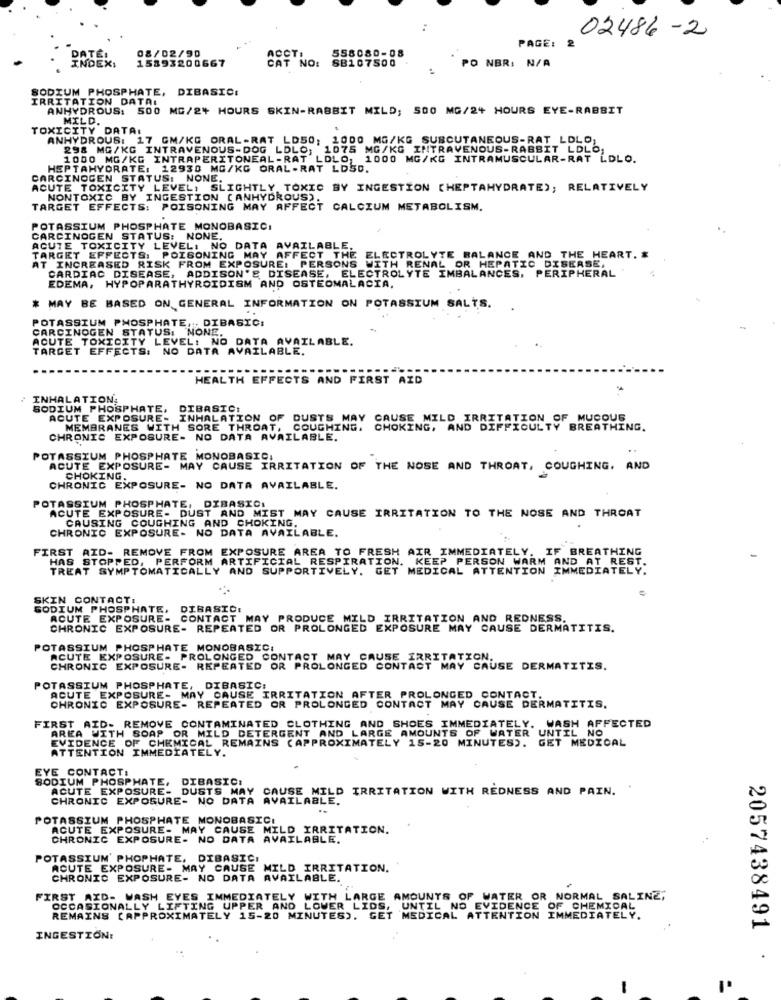
02486 -2
08/02/90
ACCT.
558080-08
PAGE: 2
INDEX:
PATEL
15393200667
CAT NO:
SB107500
PO NBR: N/A
SODIUM PHOSPHATE, DIBASIC:
IRRITATION DATAI
ANHYDROUS: 500 MG/2+ HOURS SKIN-RABBIT MILD; 500 MG/24 HOURS EYE-RABBIT
MILD.
TOXICITY DATA:
ANHYDROUS: 17 GM/KG ORAL-RAT LD50; 1000 MG/KG SUBCUTANEOUS-RAT LDLO,
298 MG/KG INTRAVENOUS-DOG LDLO; 1075 MG/KG INTRAVENOUS-RABBIT LDLO;
1000 MG/KG INTRAPERITONEAL-RAT LDLO, 1000 MG/KG INTRAMUSCULAR-RAT LDLO.
HEPTAHYDRATE: 12930 MG/KG ORAL-RAT LDSD.
CARCINOGEN STATUS: NONE.
ACUTE TOXICITY LEVEL!
SLIGHTLY TOXIC BY INGESTION (HEPTAHYDRATE); RELATIVELY
NONTOXIC BY INGESTION (ANHYDROUS).
TARGET EFFECTS: POISONING MAY AFFECT CALCIUM METABOLISM.
POTASSIUM PHOSPHATE MONOBASIC:
CARCINOGEN STATUS: NONE.
TARGET EFFECTS: POISONING MAY
CUTE TOXICITY LEVEL: NO DATA AVAILABLE.
AT INCREASED RISK FROM EXPOSURE: PERSONS WITH RENAL OR HEPATIC DISEASE,
AFFECT THE ELECTROLYTE BALANCE AND THE HEART. *
ADDISON'S DISEASE, ELECTROLYTE IMBALANCES. PERIPHERAL
CARDIAC DISEASE,
EDEMA, HYPOPARATHYROIDISM AND OSTEOMALACIA,
MAY BE BASED ON GENERAL INFORMATION ON POTASSIUM SALTS.
POTASSIUM PHOSPHATE ,, DIBASIC:
CARCINOGEN STATUS: NONE.
ACUTE TOXICITY LEVEL: NO DATA AVAILABLE.
TARGET EFFECTS: NO DATA AVAILABLE.
HEALTH EFFECTS AND FIRST AID
INHALATION:
SODIUM PHOSPHATE, DIBASIC:
ACUTE EXPOSURE- INHALATION OF DUSTS MAY CAUSE MILD IRRITATION OF MUCOUS
MEMBRANES WITH SORE THROAT, COUGHING. CHOKING, AND DIFFICULTY BREATHING.
CHOKING, AND DIFFICULTY BREATHING.
CHRONIC EXPOSURE- NO DATA AVAIL
POTASSIUM PHOSPHATE MONOBASIC,
ACUTE EXPOSURE- MAY CAUSE IRRITATION OF THE NOSE AND THROAT, COUGHING, AND
CHOKING.
CHRONIC EXPOSURE- NO DATA AVAILABLE.
POTASSIUM PHOSPHATE, DIBASIC1
ACUTE EXPOSURE- DUST AND MIST MAY CAUSE IRRITATION TO THE NOSE AND THROAT
CAUSING COUGHING AND CHOKING.
CHRONIC EXPOSURE- NO DATA AVAILABLE.
FIRST AID- REMOVE FROM EXPOSURE AREA TO FRESH AIR IMMEDIATELY. IF BREATHING
HAS STOPPED, PERFORM ARTIFICIAL RESPIRATION. KEEP PERSON WARM AND AT REST.
TREAT SYMPTOMATICALLY AND SUPPORTIVELY. GET MEDICAL ATTENTION
IMMEDIATELY.
SKIN CONTACT:
SODIUM PHOSPHATE.
DIBASIC!
ACUTE EXPOSURE.
CONTACT MAY PRODUCE MILD IRRITATION AND REDNESS.
CHRONIC EXPOSURE- REPEATED OR PROLONGED EXPOSURE MAY CAUSE DERMATITIS.
POTASSIUM PHOSPHATE MONOBASIC:
ACUTE EXPOSURE- PROLONGED CONTACT MAY CAUSE IRRITATION.
CHRONIC EXPOSURE- REPEATED OR PROLONGED CONTACT MAY CAUSE DERMATITIS.
POTASSIUM PHOSPHATE, DIBASIC:
ACUTE EXPOSURE- MAY CAUSE IRRITATION AFTER PROLONGED CONTACT.
CHRONIC EXPOSURE- REPEATED OR PROLONGED CONTACT MAY CAUSE DERMATITIS.
FIRST AID- REMOVE CONTAMINATED CLOTHING AND SHOES IMMEDIATELY. WASH AFFECTED
AREA WITH SOAP OR MILD DETERGENT AND LARGE AMOUNTS OF WATER UNTIL NO
EVIDENCE OF CHEMICAL REMAINS (APPROXIMATELY 15-20 MINUTES). GET MEDICAL
ATTENTION IMMEDIATELY.
EYE CONTACT:
SODIUM PHOSPHATE, DIBASIC:
ACUTE EXPOSURE- DUSTS MAY CAUSE MILD IRRITATION WITH REDNESS AND PAIN.
CHRONIC EXPOSURE- NO DATA AVAILABLE.
POTASSIUM PHOSPHATE MONOBASICI
ACUTE EXPOSURE- MAY CAUSE MILD IRRITATION.
CHRONIC EXPOSURE- NO DATA AVAILA
POTASSIUM' PHOPHATE, DIBASIC!
ACUTE EXPOSURE- MAY CAUSE MILD IRRITATION.
CHRONIC EXPOSURE- NO DATA AVAILABLE.
FIRST AID. WASH EYES IMMEDIATELY WITH LARGE AMOUNTS OF WATER OR NORMAL SALINE,
OCCASIONALLY LIFTING UPPER AND LOWER LIDS,
UNTIL NO EVIDENCE OF CHEMICAL
REMAINS (APPROXIMATELY 15-20 MINUTES).
GET MEDICAL ATTENTION IMMEDIATELY.
2057438491
INGESTION:
.